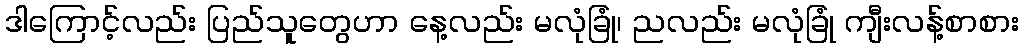
ဒါကြောင့်လည်း ပြည်သူတွေဟာ နေ့လည်း မလုံခြုံ၊ ညလည်း မလုံခြုံ ကျီးလန့်စာစား